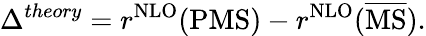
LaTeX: \Delta^{theory}=r^{\mathrm{{NLO}}}(\mathrm{{PMS}})-r^{\mathrm{{NLO}}}(\overline{{\mathrm{{MS}}}}).